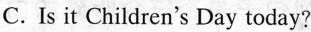
C. Is it Children's Day today?